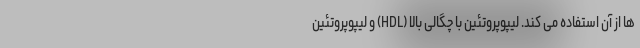
ها از آن استفاده می کند. لیپوپروتئین با چگالی بالا (HDL) و لیپوپروتئین